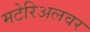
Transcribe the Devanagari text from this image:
मटेरिअलवर